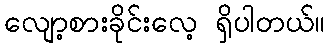
လျော့စားခိုင်းလေ့ ရှိပါတယ်။